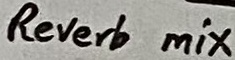
Text: Reverb mix